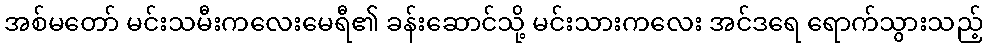
အစ်မတော် မင်းသမီးကလေးမေရီ၏ ခန်းဆောင်သို့ မင်းသားကလေး အင်ဒရေ ရောက်သွားသည့်